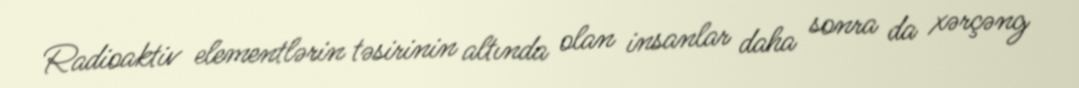
Radioaktiv elementlərin təsirinin altında olan insanlar daha sonra da xərçəng